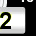
Digit: 2